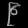
Digit: ၉